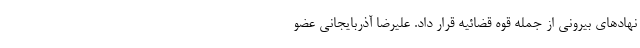
نهادهای بیرونی از جمله قوه قضائیه قرار داد. علیرضا آذربایجانی عضو